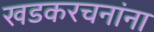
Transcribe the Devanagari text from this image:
खडकरचनांना